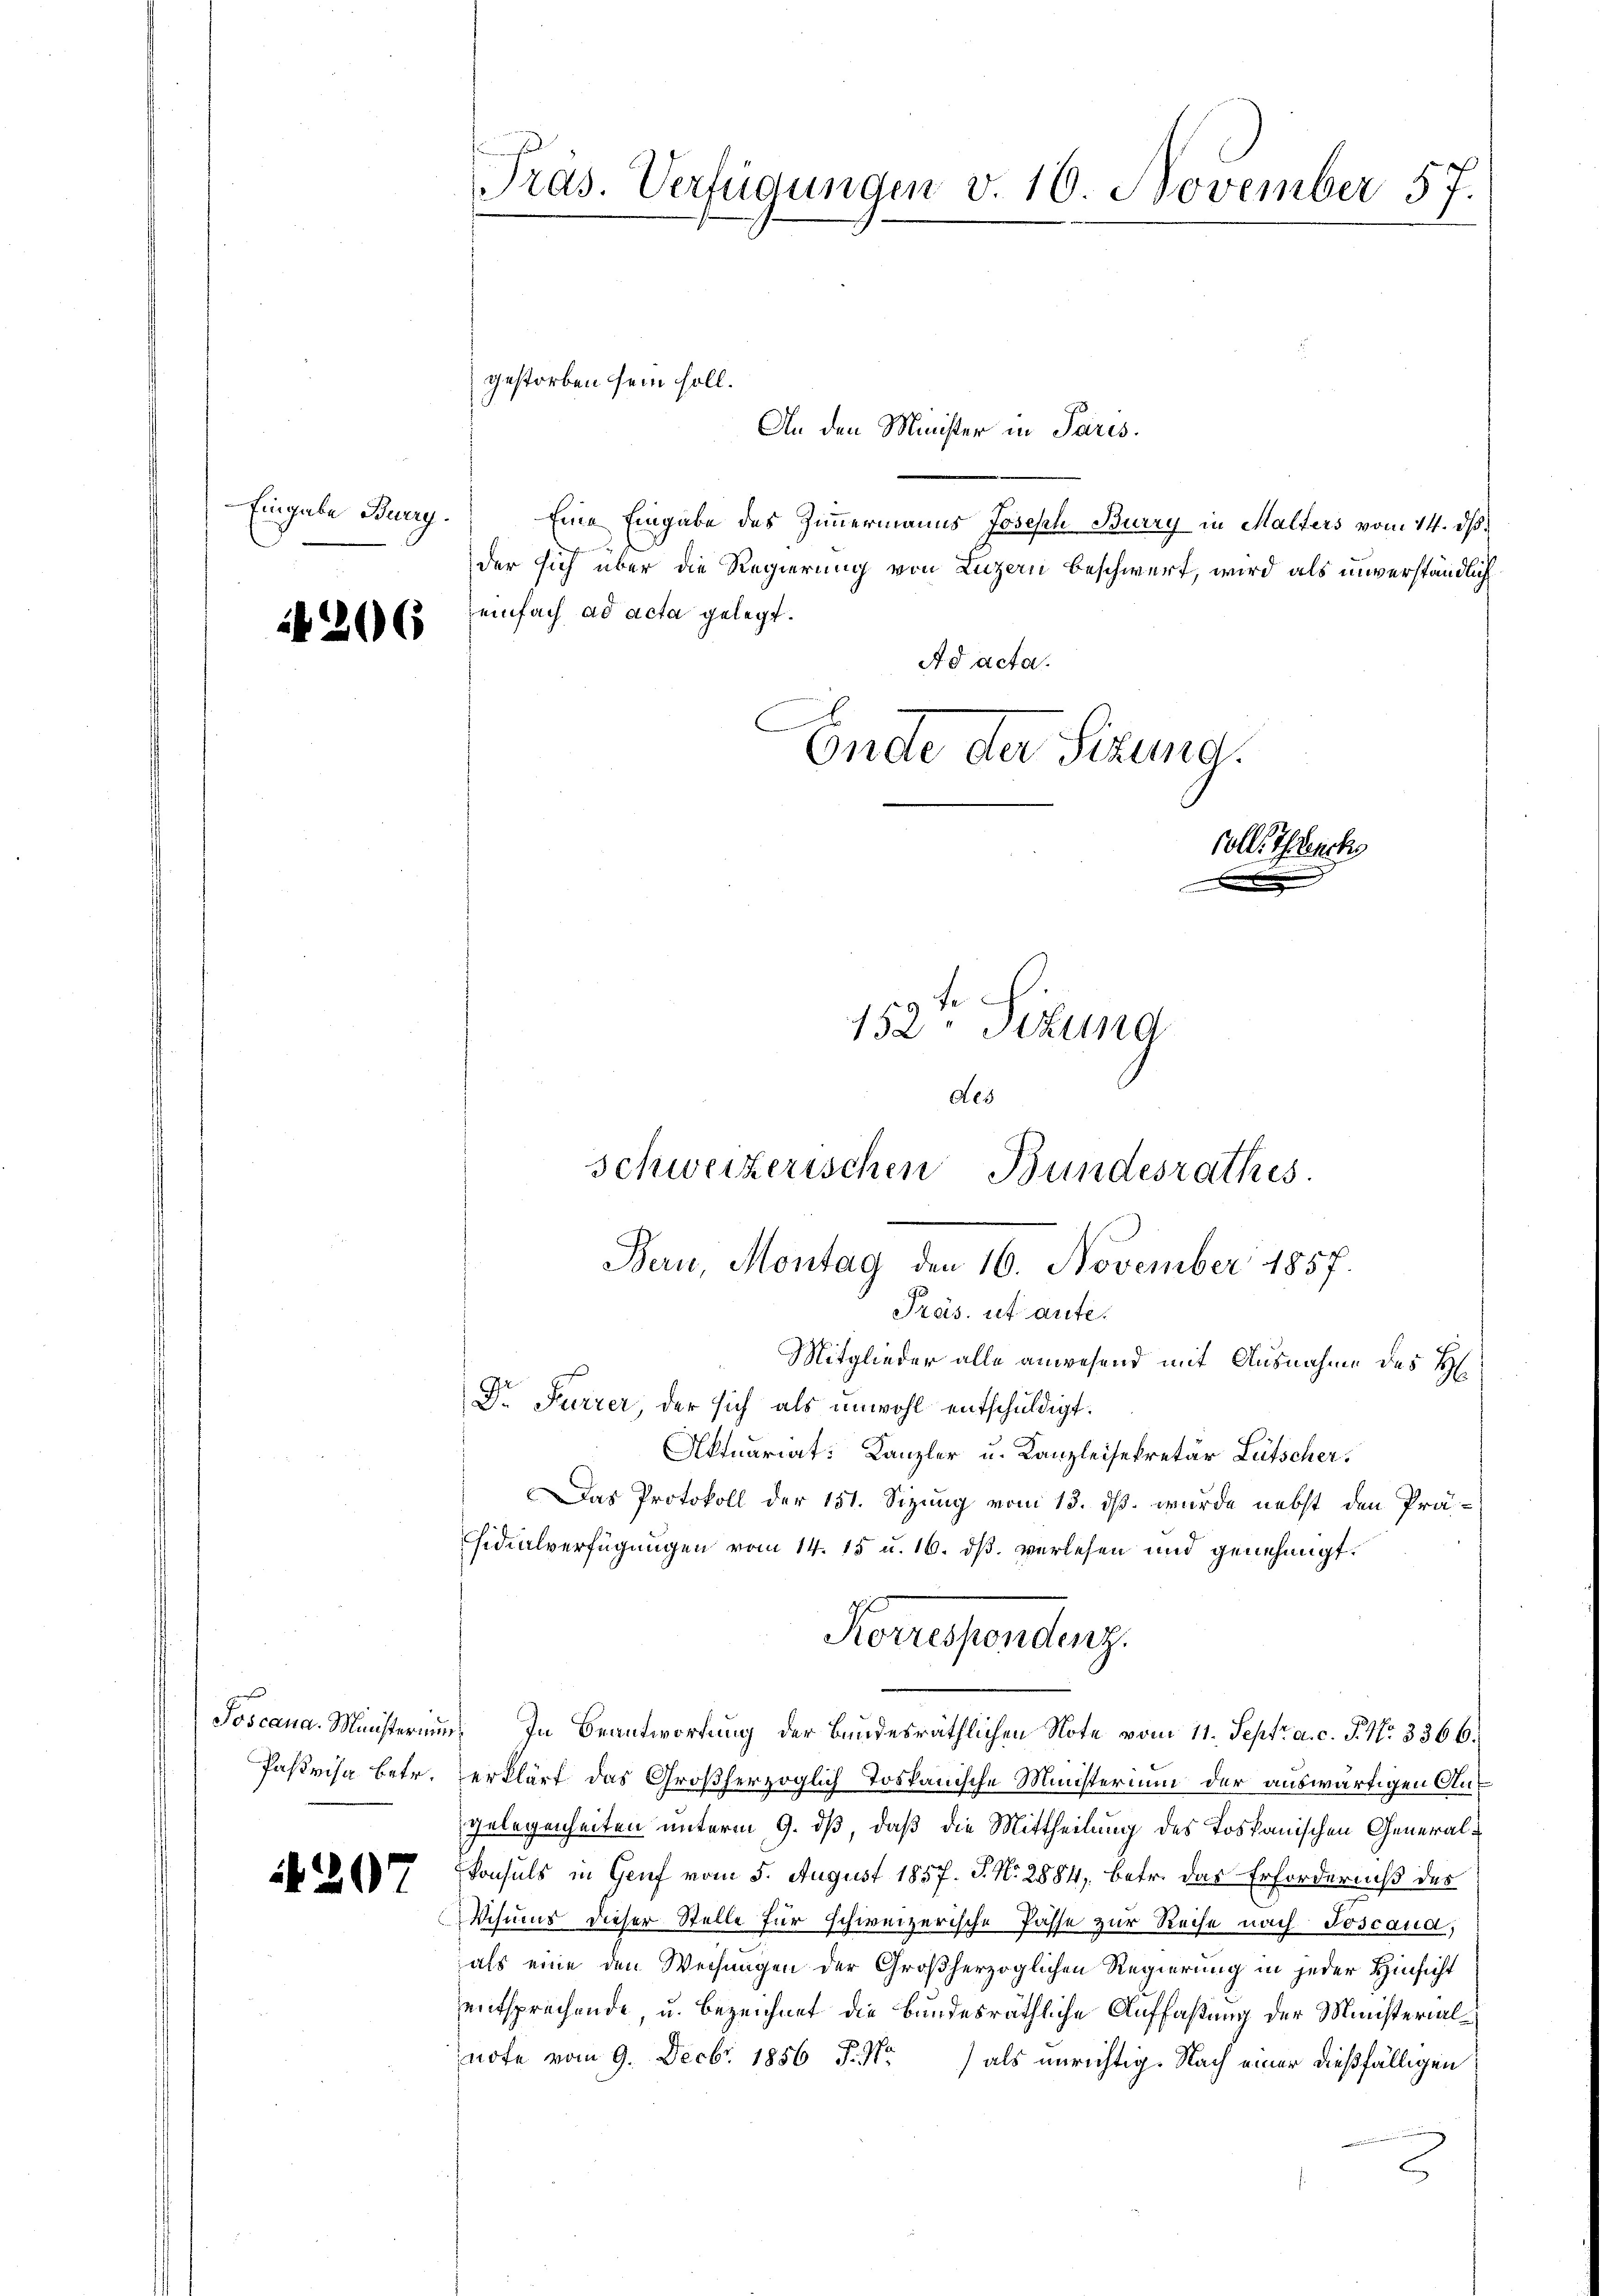
Eingabe Burg.

1206

207

Eine Eingabe des Zimmermanns Joseph Burry in Malters vom 14. ds.
der sich über die Regierung von Luzern beschwert, wird als unverständlich
einfach ad acta gelegt.
Ad acta.
Endte der Sitzung.
soll, Thhenck

152te Sitzung

Präs. Verfügungen v. 10. November 57.

des
Schweizerischen Bundesrathes.
.
Bern, Montag den 16. November 1857.
Präs. ut aute.
Mitglieder alle anwesend mit Ausnahme des Hl.
Dr. Furrer, der sich als unwohl entschuldigt.

Aktuariat: Kanzler u. Kanzleisekretär Lütscher,
Das Protokoll der 151. Sizung vom 13. ds. wurde nebst den Präsidialverfügungen vom 14. 15 u. 16. dß. verlesen und genehmigt.
Pasvisa betr. erklärt das Großherzoglich Toskanische Ministerium der auswärtigen Angelegenheiten unterm 9. dß, daß die Mittheilung des Toskanischen General¬
Konsuls in Genf vom 5. August 1857. J. No. 2884, betr. das Erforderniß des
Schums dieser Stelle für schweizerische Pässe zur Reise nach Joscana,
als eine den Weisungen der Großherzoglichen Regierung in jeder Hinsicht
entsprechende u. bezeichnet die bundesräthliche Auffaßung der Ministerialnote vom 9. Decbr. 1856 P. Nr.) als unrichtig. Nach einer dießfälligen

gestorben sein soll.

An den Minister in Paris.

Herressendenz.
Joscana. Ministerium. In Beantwortung der Bundesräthlichen Note vom 11. Sept. a. c. J. No 3366.